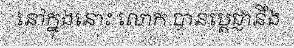
នៅក្នុងនោះ លោក បានប្តេជ្ញានឹង